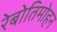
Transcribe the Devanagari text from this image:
रेबोतिमोहन